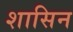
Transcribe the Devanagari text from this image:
शासिन